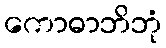
ကောဓာဘိဘုံ